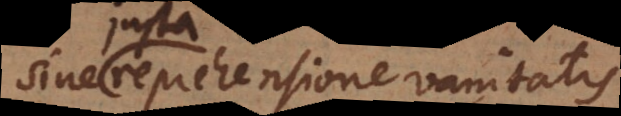
reprehensione vanitatis